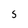
Character: 5